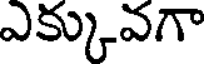
ఎక్కువగా